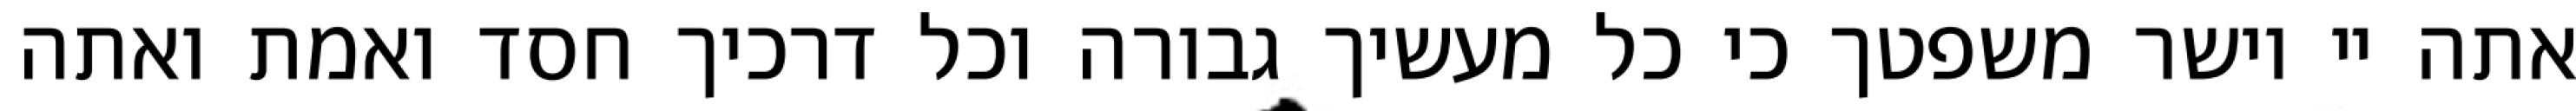
אתה יי וישר משפטך כי כל מעשיך גבורה וכל דרכיך חסד ואמת ואתה